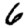
Digit: 6